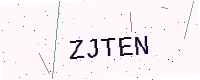
Text: ZJTEN